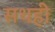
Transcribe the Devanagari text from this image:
सथही